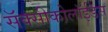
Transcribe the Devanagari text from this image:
सॅक्सीकोलॉईडस